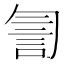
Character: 𧥻